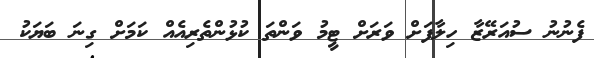
ފެނުނު ސުއަރޭޒާ ހިލާފަށް ވަރަށް ޓީމު ވަންތަ ކުޅުންތެރިއެއް ކަމަށް ގިނަ ބަޔަކު